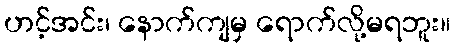
ဟင့်အင်း၊ နောက်ကျမှ ရောက်လို့မရဘူး။